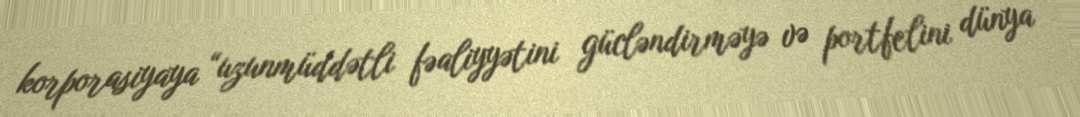
korporasiyaya “uzunmüddətli fəaliyyətini gücləndirməyə və portfelini dünya